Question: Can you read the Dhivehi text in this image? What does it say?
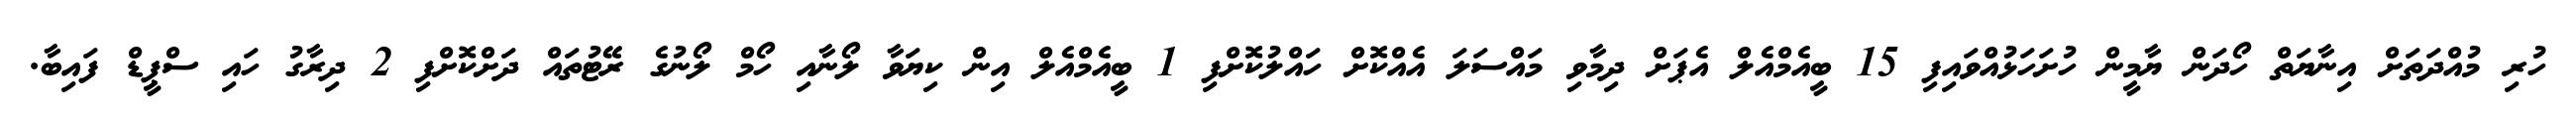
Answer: ހުރި މުއްދަތަށް އިނާޔަތް ހޯދަން ޔާމީން ހުށަހަޅުއްވައިފި 15 ބީއެމްއެލް އެޕަށް ދިމާވި މައްސަލަ އެއްކޮށް ހައްލުކޮށްފި 1 ބީއެމްއެލް އިން ކިޔަވާ ލޯނާއި ހޯމް ލޯނުގެ ރޭޓުތައް ދަށްކޮށްފި 2 ދިރާގު ހައި ސްޕީޑް ފައިބާ.